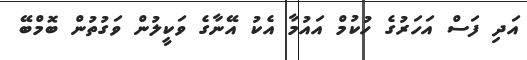
އަދި ފަސް އަހަރުގެ ހުކުމް އައުމާ އެކު އޭނާގެ ވަކީލުން ވަގުތުން ބޮމްބޭ